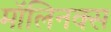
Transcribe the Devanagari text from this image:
मॉलिनक्स